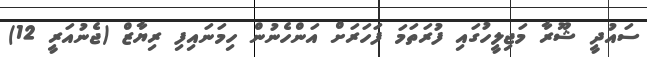
ސައުދީ ޝޫރާ މަޖިލީހުގައި ފުރަތަމަ ފަހަރަށް އަންހެނުން ހިމަނައިފި ރިޔާޒް (ޖެނުއަރީ 12)